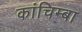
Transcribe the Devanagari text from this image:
कांचिम्बा